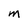
Character: M